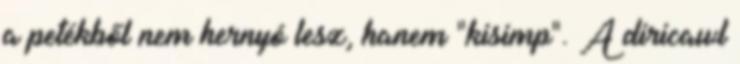
a petékből nem hernyó lesz, hanem "kisimp". A diricawl